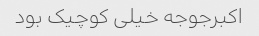
اکبرجوجه خیلی کوچیک بود